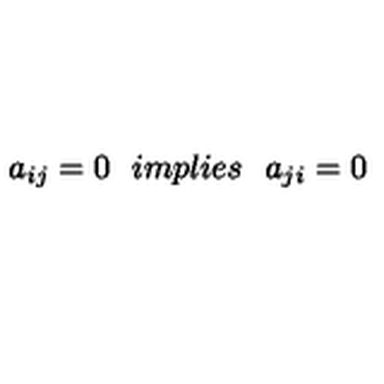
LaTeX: a _ { i j } = 0 \: \: \: i m p l i e s \: \: \: a _ { j i } = 0